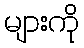
များကို